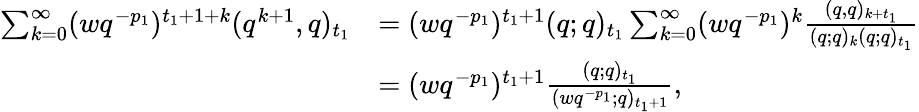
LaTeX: \begin{array}{rl}{\sum_{k=0}^{\infty}(wq^{-p_{1}})^{t_{1}+1+k}(q^{k+1},q)_{t_{1}}}&{=(wq^{-p_{1}})^{t_{1}+1}(q;q)_{t_{1}}\sum_{k=0}^{\infty}(wq^{-p_{1}})^{k}\frac{(q,q)_{k+t_{1}}}{(q;q)_{k}(q;q)_{t_{1}}}}\\ &{=(wq^{-p_{1}})^{t_{1}+1}\frac{(q;q)_{t_{1}}}{(wq^{-p_{1}};q)_{t_{1}+1}},}\end{array}